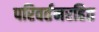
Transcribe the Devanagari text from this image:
परिवर्तनरहित